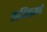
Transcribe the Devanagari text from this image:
तामिळमधे